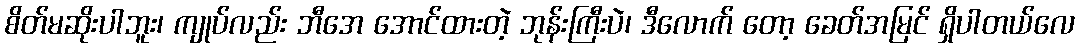
စိတ်မဆိုးပါဘူး၊ ကျုပ်လည်း ဘီအေ အောင်ထားတဲ့ ဘုန်းကြီးပဲ၊ ဒီလောက် တော့ ခေတ်အမြင် ရှိပါတယ်လေ